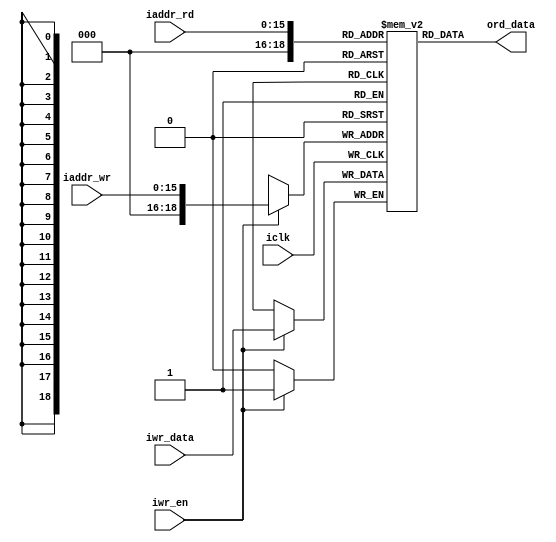
module field#(
    parameter WIDTH = 640*480
)(
    input           iclk,
    input  [15:0]   iaddr_wr,
    input           iwr_en,
    input  [0:0]    iwr_data,

    input  [15:0]   iaddr_rd,
    output [0:0]    ord_data
);
    reg [0:0]   ram[1:WIDTH];

    always @(posedge iclk) begin
        if(iwr_en == 1) begin
            ram[iaddr_wr] <= iwr_data;
        end
    end
    assign ord_data = ram[iaddr_rd];

endmodule